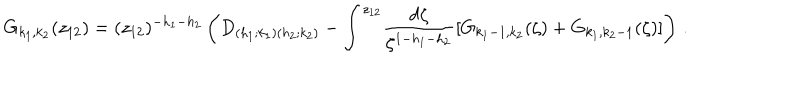
LaTeX: G _ { k _ { 1 } , k _ { 2 } } ( z _ { 1 2 } ) = ( z _ { 1 2 } ) ^ { - h _ { 1 } - h _ { 2 } } \left( D _ { ( h _ { 1 } ; k _ { 1 } ) ( h _ { 2 } ; k _ { 2 } ) } - \int ^ { z _ { 1 2 } } \! \frac { \mathrm { d } \zeta } { \zeta ^ { 1 - h _ { 1 } - h _ { 2 } } } [ G _ { k _ { 1 } - 1 , k _ { 2 } } ( \zeta ) + G _ { k _ { 1 } , k _ { 2 } - 1 } ( \zeta ) ] \right) \, .